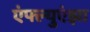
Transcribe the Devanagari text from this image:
एंफ्ल्युएंझा